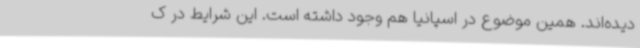
دیده‌اند. همین موضوع در اسپانیا هم وجود داشته است. این شرایط در ک